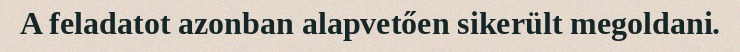
A feladatot azonban alapvetően sikerült megoldani.